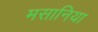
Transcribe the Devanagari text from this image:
मसानिया